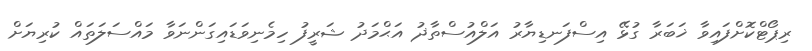
ރިޕޯޓްކޮށްފައިވާ ޚަބަރާ ގުޅޭ އިސްފަނޑިޔާރު އަލްއުސްތާޛު އަޙްމަދު ޝަރީފު ހިމެނިވަޑައިގަންނަވާ މައްސަލަތައް ކުރިޔަށް